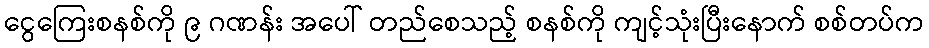
ငွေကြေးစနစ်ကို ၉ ဂဏန်း အပေါ် တည်စေသည့် စနစ်ကို ကျင့်သုံးပြီးနောက် စစ်တပ်က